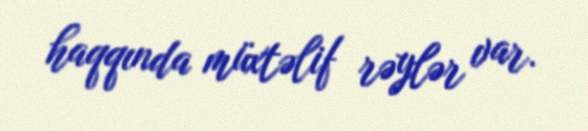
haqqında müxtəlif rəylər var.